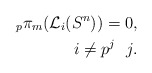
\begin{align*}_p\pi_{m}(\mathcal L_i(S^{n}))=0,\\ i\neq p^j \ \ j.\end{align*}